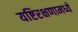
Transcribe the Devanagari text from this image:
यष्टिरक्षणामध्ये